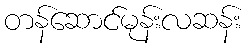
တန်ဆောင်မုန်းလဆန်း